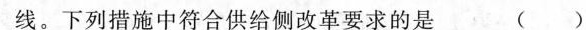
线。下列措施中符合供给侧改革要求的是 ()